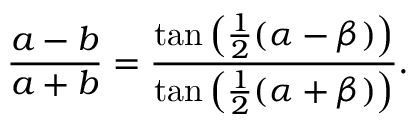
{ \frac { a - b } { a + b } } = { \frac { \tan \left( { \frac { 1 } { 2 } } ( \alpha - \beta ) \right) } { \tan \left( { \frac { 1 } { 2 } } ( \alpha + \beta ) \right) } } .